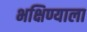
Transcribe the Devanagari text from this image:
भक्षिण्याला